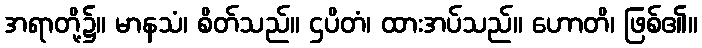
အရာတို့၌။ မာနသံ၊ စိတ်သည်။ ဌပိတံ၊ ထားအပ်သည်။ ဟောတိ၊ ဖြစ်၏။